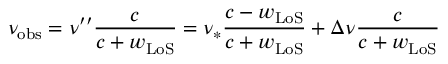
\nu _ { \mathrm { o b s } } = \nu ^ { \prime \prime } \frac { c } { c + w _ { \mathrm { L o S } } } = \nu _ { \ast } \frac { c - w _ { \mathrm { L o S } } } { c + w _ { \mathrm { L o S } } } + \Delta \nu \frac { c } { c + w _ { \mathrm { L o S } } }